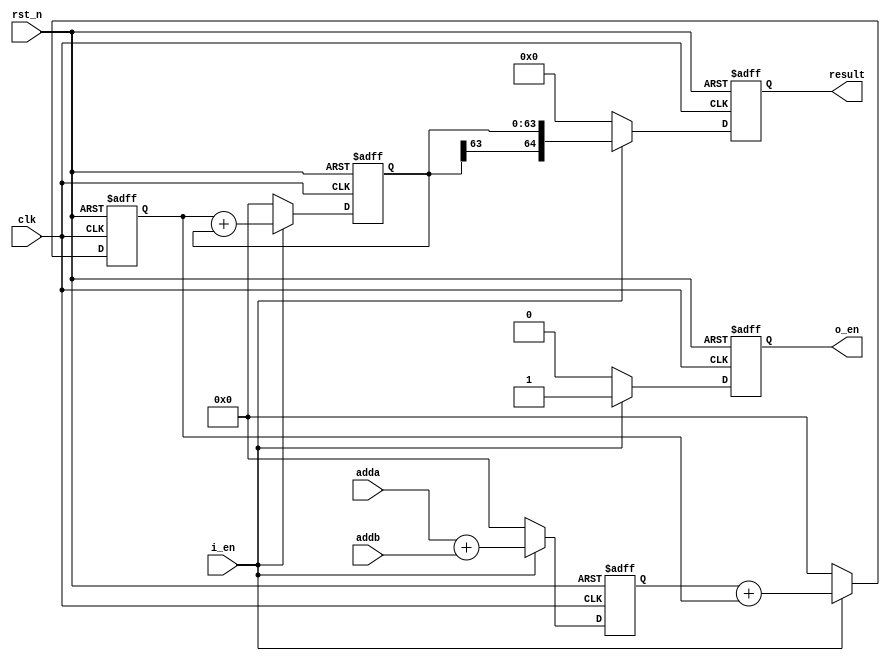
module adder_pipe_64bit (
    input clk,
    input rst_n,
    input i_en,
    input [63:0] adda,
    input [63:0] addb,
    output reg [64:0] result,
    output reg o_en
);

    reg [63:0] stage1;
    reg [63:0] stage2;
    reg [63:0] stage3;

    always @(posedge clk or negedge rst_n) begin
        if (~rst_n) begin
            stage1 <= 64'b0;
            stage2 <= 64'b0;
            stage3 <= 64'b0;
            result <= 65'b0;
            o_en <= 1'b0;
        end else begin
            if (i_en) begin
                stage1 <= adda + addb;
                stage2 <= stage1 + stage2[63:0];
                stage3 <= stage2 + stage3[63:0];
                result <= {stage3[63], stage3};
                o_en <= 1'b1;
            end else begin
                stage1 <= 64'b0;
                stage2 <= 64'b0;
                stage3 <= 64'b0;
                result <= 65'b0;
                o_en <= 1'b0;
            end
        end
    end

endmodule